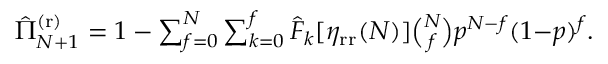
\begin{array} { r } { \hat { \Pi } _ { N + 1 } ^ { \mathrm { ( r ) } } = 1 - \sum _ { f = 0 } ^ { N } \sum _ { k = 0 } ^ { f } \hat { F } _ { k } [ \eta _ { \mathrm { r r } } ( N ) ] \binom { N } { f } p ^ { N - f } ( 1 { - } p ) ^ { f } . } \end{array}